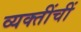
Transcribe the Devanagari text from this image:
व्यक्तींचीं